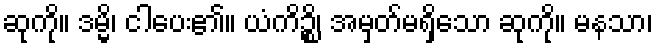
ဆုကို။ ဒမ္မိ၊ ငါပေး၏။ ယံကိဉ္စိ၊ အမှတ်မရှိသော ဆုကို။ မနသာ၊